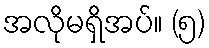
အလိုမရှိအပ်။ (၅)